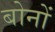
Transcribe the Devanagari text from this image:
बोनों